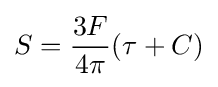
S={\frac {3F}{4\pi }}(\tau +C)